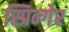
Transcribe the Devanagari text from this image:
स्प्रिन्गेर